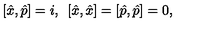
[ \hat { x } , \hat { p } ] = i , \enskip [ \hat { x } , \hat { x } ] = [ \hat { p } , \hat { p } ] = 0 ,